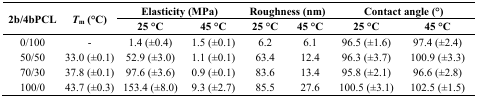
<table><thead><tr><td rowspan="3"><b>2b/4bPCL</b></td><td rowspan="3"><b><i>T</i><sub>m</sub> (°C)</b></td><td colspan="2"><b>Elasticity (MPa)</b></td><td colspan="2"><b>Roughness (nm)</b></td><td colspan="2"><b>Contact angle (°)</b></td></tr><tr><td><b>25 °C</b></td><td><b>45 °C</b></td><td><b>25 °C</b></td><td><b>45 °C</b></td><td><b>25 °C</b></td><td><b>45 °C</b></td></tr></thead><tbody><tr><td>0/100</td><td>-</td><td>1.4 (±0.4)</td><td>1.5 (±0.1)</td><td>6.2</td><td>6.1</td><td>96.5 (±1.6)</td><td>97.4 (±2.4)</td></tr><tr><td>50/50</td><td>33.0 (±0.1)</td><td>52.9 (±3.0)</td><td>1.1 (±0.1)</td><td>63.4</td><td>12.4</td><td>96.3 (±3.7)</td><td>100.9 (±3.3)</td></tr><tr><td>70/30</td><td>37.8 (±0.1)</td><td>97.6 (±3.6)</td><td>0.9 (±0.1)</td><td>83.6</td><td>13.4</td><td>95.8 (±2.1)</td><td>96.6 (±2.8)</td></tr><tr><td>100/0</td><td>43.7 (±0.3)</td><td>153.4 (±8.0)</td><td>9.3 (±2.7)</td><td>85.5</td><td>27.6</td><td>100.5 (±3.1)</td><td>102.5 (±1.5)</td></tr></tbody></table>